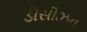
ડીસીઝન